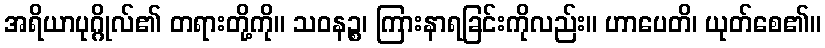
အရိယာပုဂ္ဂိုလ်၏ တရားတို့ကို။ သဝနဉ္စ၊ ကြားနာရခြင်းကိုလည်း။ ဟာပေတိ၊ ယုတ်စေ၏။